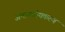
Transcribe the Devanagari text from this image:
अमानवीयकरण